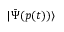
\ensuremath { \vert \bar { \Psi } ( \b { p } ( t ) ) \rangle }